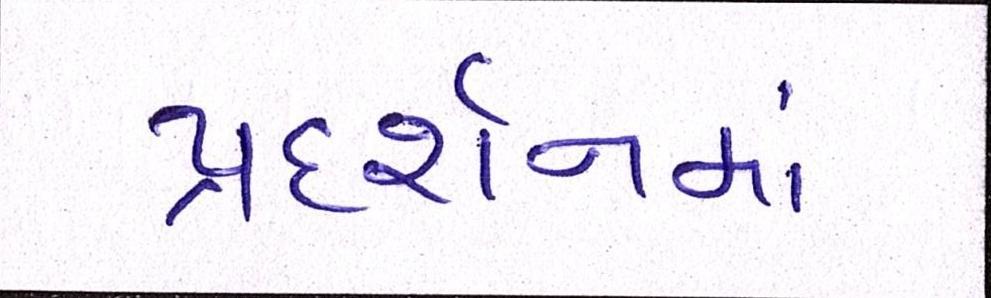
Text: પ્રદર્શનમાં